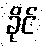
ခိုင်